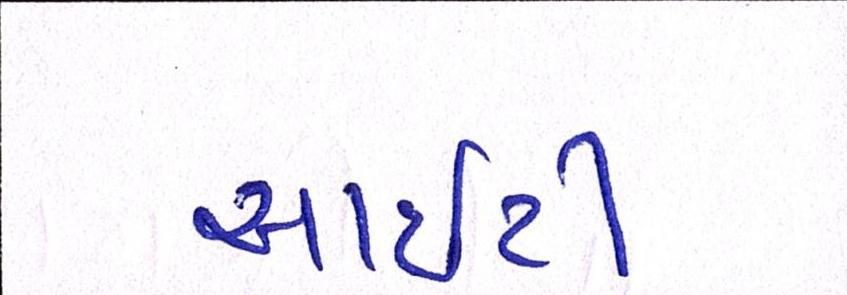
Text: આઇટી